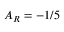
A _ { R } = - 1 / 5